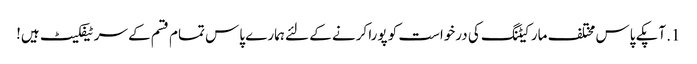
1. آپکے پاس مختلف مارکیٹنگ کی درخواست کو پورا کرنے کے لئے ہمارے پاس تمام قسم کے سرٹیفکیٹ ہیں!